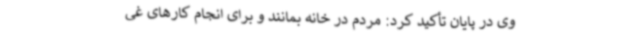
وی در پایان تأکید کرد: مردم در خانه بمانند و برای انجام کارهای غی